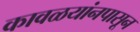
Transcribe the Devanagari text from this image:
कावळयांनपासून